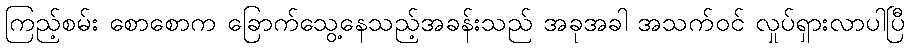
ကြည့်စမ်း စောစောက ခြောက်သွေ့နေသည့်အခန်းသည် အခုအခါ အသက်ဝင် လှုပ်ရှားလာပါပြီ